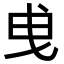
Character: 曵